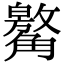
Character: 䚫